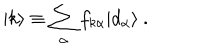
| k \rangle \equiv \sum _ { \alpha } f _ { k \alpha } | d _ { \alpha } \rangle ~ .